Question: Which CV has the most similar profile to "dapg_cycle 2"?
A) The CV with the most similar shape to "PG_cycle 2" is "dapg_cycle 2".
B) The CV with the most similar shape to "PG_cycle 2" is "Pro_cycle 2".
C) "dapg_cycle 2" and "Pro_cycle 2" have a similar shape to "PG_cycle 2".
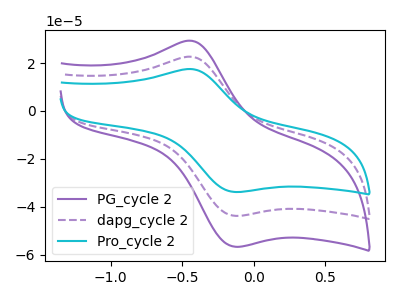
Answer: <think>The purple curve "PG_cycle 2" has an anodic peak at (-0.40V, 29.15uA) and a cathodic peak at (-0.15V, -56.70uA). The purple dashed curve "dapg_cycle 2" has an anodic peak at (-0.40V, 22.55uA) and a cathodic peak at (-0.15V, -43.80uA). The cyan curve "Pro_cycle 2" has an anodic peak at (-0.40V, 45.10uA) and a cathodic peak at (-0.15V, -87.60uA).
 All the peaks in "PG_cycle 2" have a peak in "dapg_cycle 2" at the same potential. Every peak in "PG_cycle 2" is higher than every peak in "dapg_cycle 2". All the peaks in "PG_cycle 2" have a peak in "Pro_cycle 2" at the same potential. Every peak in "PG_cycle 2" is lower than every peak in "Pro_cycle 2". All the peaks in "dapg_cycle 2" have a peak in "Pro_cycle 2" at the same potential. Every peak in "dapg_cycle 2" is lower than every peak in "Pro_cycle 2".</think>
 <answer>C) "dapg_cycle 2" and "Pro_cycle 2" have a similar shape to "PG_cycle 2".</answer>
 <eval>C</eval>